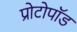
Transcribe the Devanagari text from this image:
प्रोटोपॉड